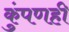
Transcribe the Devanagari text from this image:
कुंपणही